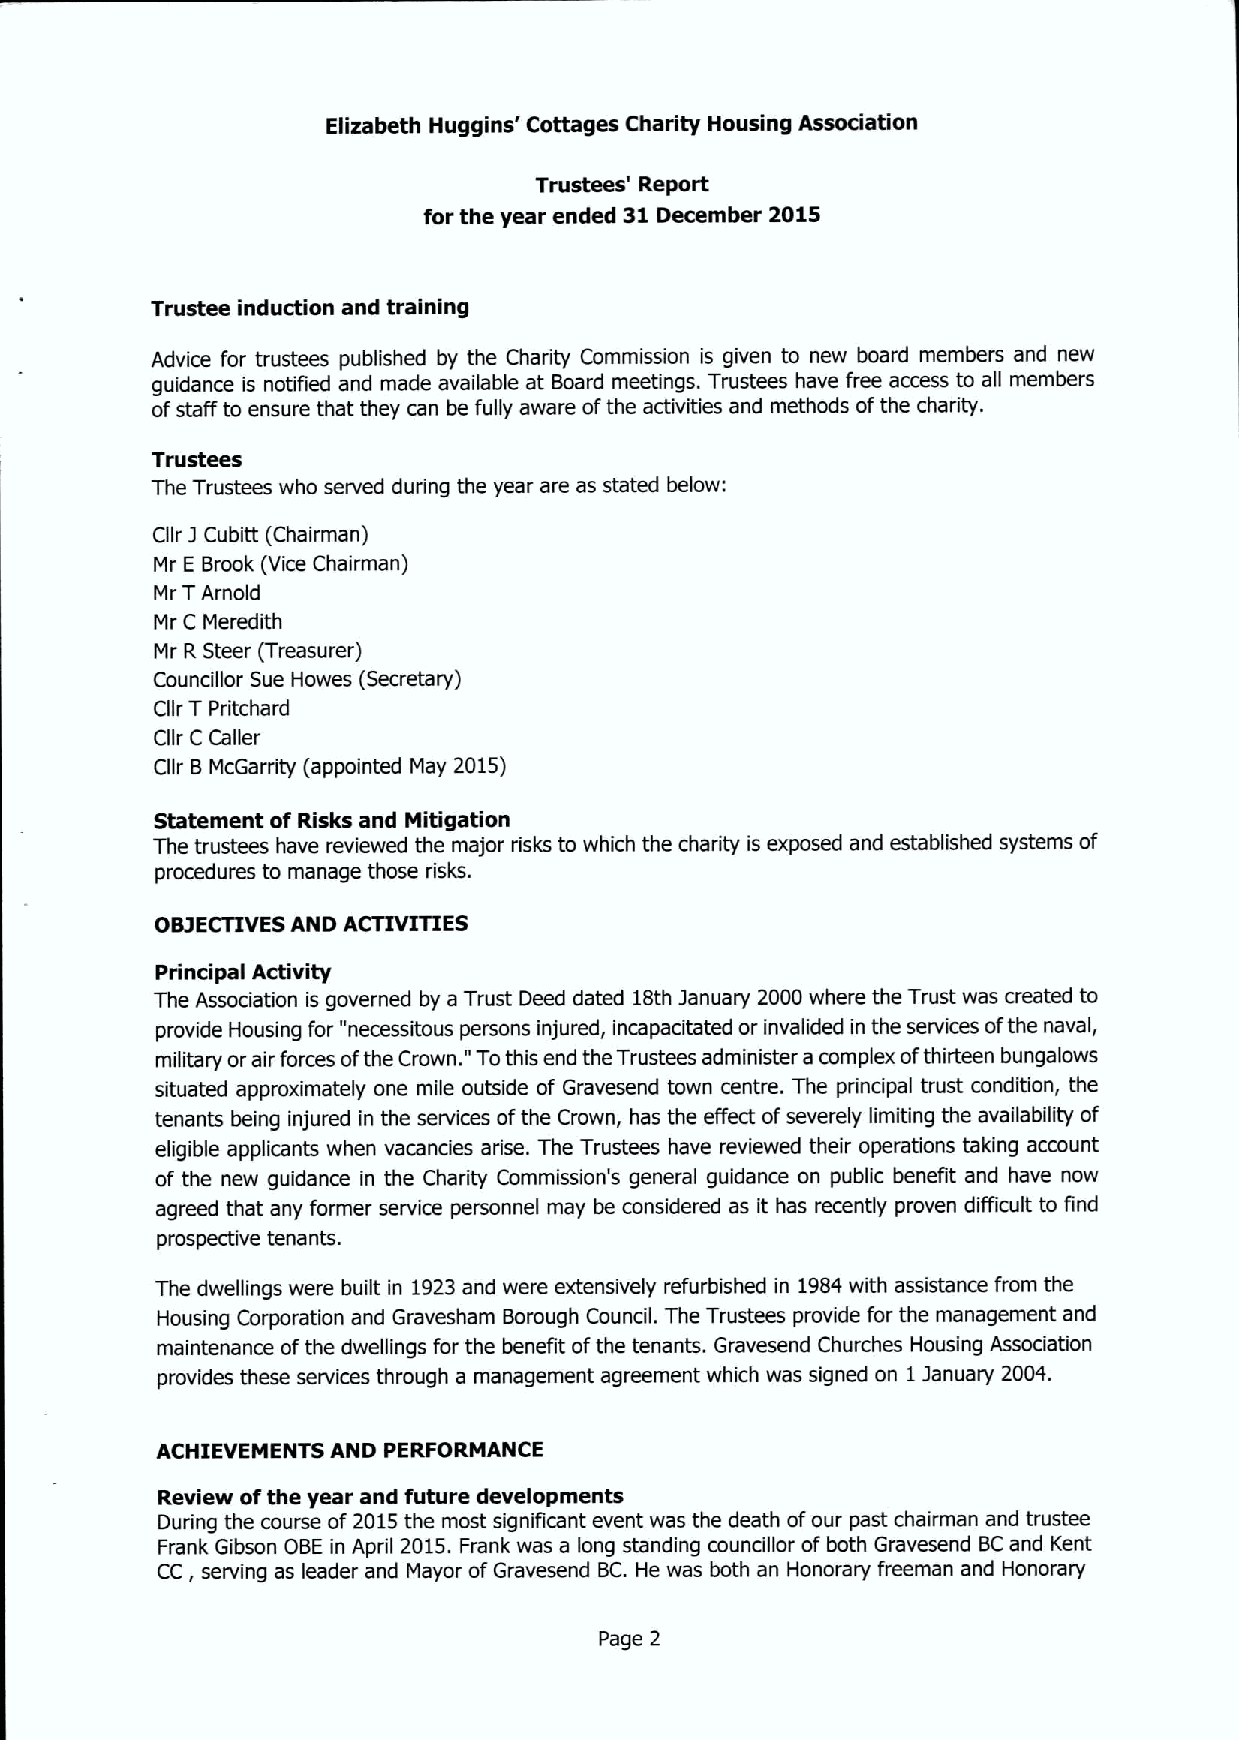
Elizabeth Huggins' Cottages Charity Housing Association
 Trustees' Report
 for the year ended 31December 2015
 Trustee induction and training
 Advice for trustees published by the Chadity Commission is given to new board members and new
 guidance is notified and made available at Board meetings. Trustees have free access to all members
 ofstaff to ensure that they can be fully aware ofthe activities and methods ofthe charity.
 Trustees
 The Trustees who served during the year are as stated below:
 Cllr J Cubitt (Chairman)
 Mr E Brook (Vice Chairman)
 Mr TArnold
 Mr C Meredith
 Mr R Steer (Treasurer)
 Councillor Sue Howes (Secretary)
 Cllr TPritchard
 Cllr C Caller
 Cllr BMcGarrity (appointed May 2015)
 Statement of Risks and Mitigation
 The trustees have reviewed the major risks to which the charity is exposed and established systems of
 procedures to manage those risks.
 OBJECTIVESAND ACTIVITIES
 Principal Activity
 The Association is governed by a Trust Deed dated 18th January 2000 where the Trust was created to
 provide Housing for "necessitous persons injured, incapacitated or invalided in the services ofthe naval,
 "
 military orair forces ofthe Crown. Tothis end the Trustees administer a complex ofthirteen bungalows
 situated approximately one mile outside of Gravesend town centre. The principal trust condition, the
 tenants being injured in the services ofthe Crown, has the effect ofseverely limiting the availability of
 eligible applicants when vacancies arise. The Trustees have reviewed their operations taking account
 of the new guidance in the Charity Commission's general guidance on public benefit and have now
 agreed that any former service personnel may be considered as it has recently proven difficult to find
 prospective tenants.
 The dwellings were built in 1923and were extensively refurbished in 1984with assistance from the
 Housing Corporation and Gravesham Borough Council. The Trustees provide for the management and
 maintenance ofthe dwellings for the benefit ofthe tenants. Gravesend Churches Housing Association
 provides these services through a management agreement which was signed on 1January 20&t
 ACHIEVEMENTS AND PERFORMANCE
 Review ofthe year and future developments
 During the course of 2015the most significant event was the death ofour past chairman and trustee
 Frank Gibson OBE in April 2015.Frank was a long standing councillor of both Gravesend BCand Kent
 CC, serving as leader and Mayor ofGravesend BC.He was both an Honorary freeman and Honorary
 Page 2